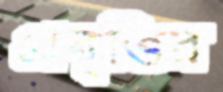
প্রবৃত্তির